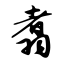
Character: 翥